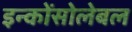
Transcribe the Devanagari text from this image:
इन्कोंसोलेबल